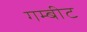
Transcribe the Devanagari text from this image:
गम्बीट